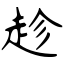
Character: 趁